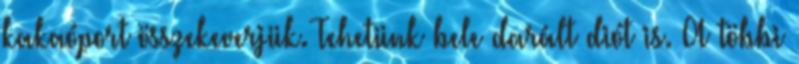
kakaóport összekeverjük. Tehetünk bele darált diót is. A többi